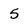
Character: 5